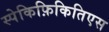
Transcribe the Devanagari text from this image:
स्पेकिफ़िकितिएस